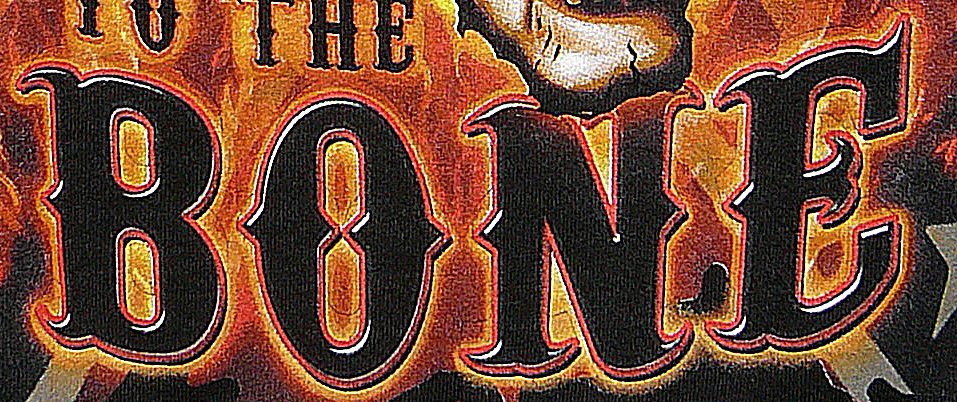
BONE